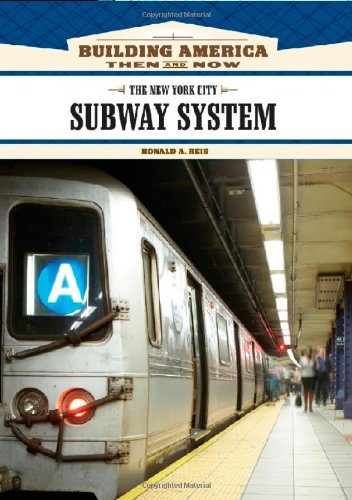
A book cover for The New York City Subway System (Building America: Then and Now); Ronald A. Reis; Engineering & Transportation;